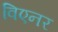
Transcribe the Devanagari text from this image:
विएनर